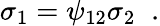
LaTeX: \sigma_{1}=\psi_{12}\sigma_{2}\; \; .